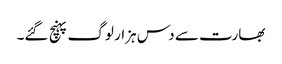
بھارت سے دس ہزار لوگ پہنچ گئے۔